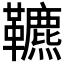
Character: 𩍶